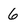
Character: 6